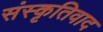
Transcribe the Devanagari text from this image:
संस्कृतिवाद